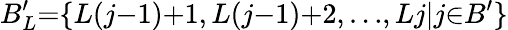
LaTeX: B_{L}^{\prime}{=}\{ L(j{-}1){+}1,L(j{-}1){+}2,{\ldots},Lj|j{\in}B^{\prime}\}